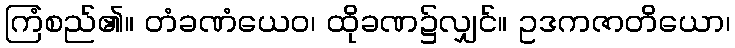
ကြံစည်၏။ တံခဏံယေဝ၊ ထိုခဏ၌လျှင်။ ဥဒကဇာတိယော၊